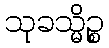
သုခသ္မိဉ္စ